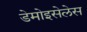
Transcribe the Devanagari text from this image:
डेमोइसेलेस